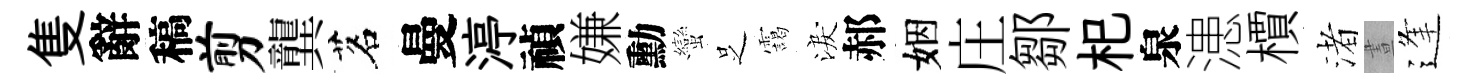
隻辭稿剪龔茗曼渟禎嫌勳蠻𠯁靄淚郝姻庄鄒𣏌泉漶檟渚晝逢